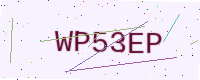
Text: WP53EP